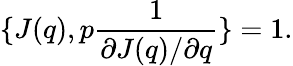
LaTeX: \{ J(q),p{\frac{1}{\partial J(q)/\partial q}}\} =1.